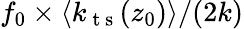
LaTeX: f_{0}\times\langle k_{\mathrm{~t~s~}}(z_{0})\rangle/(2k)